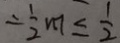
- \frac { 1 } { 2 } m \leq \frac { 1 } { 2 }